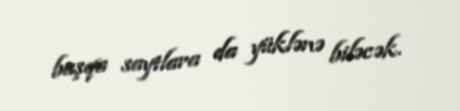
başqa saytlara da yüklənə biləcək.